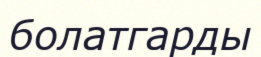
болатгарды